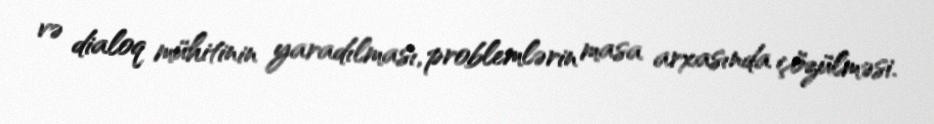
və dialoq mühitinin yaradılması, problemlərin masa arxasında çözülməsi.